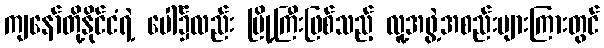
ကျနော်တို့နိုင်ငံရဲ့ ပေါ်၌လည်း မြို့ကြီးဖြစ်သည့် လူ့အဖွဲ့အစည်းများကြားတွင်